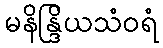
မနိန္ဒြိယသံဝရံ